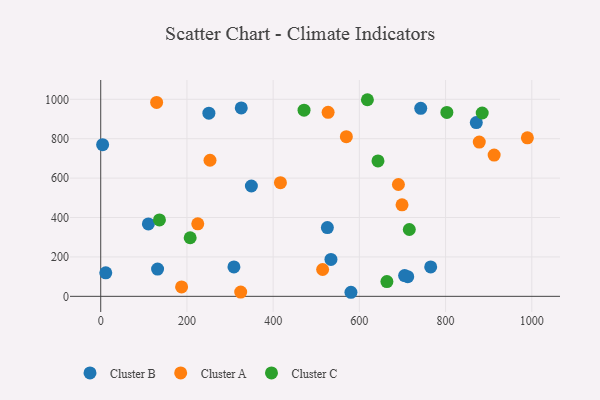
{"axis": {"x": "Price", "y": "Salary"}, "legend": ["Cluster A", "Cluster B", "Cluster C"], "data": [{"x": "580.5", "y": 20.6, "type": "Cluster B"}, {"x": "250.9", "y": 929.8, "type": "Cluster B"}, {"x": "326.0", "y": 956.4, "type": "Cluster B"}, {"x": "534.1", "y": 187.2, "type": "Cluster B"}, {"x": "742.4", "y": 954.0, "type": "Cluster B"}, {"x": "712.2", "y": 99.8, "type": "Cluster B"}, {"x": "4.4", "y": 770.0, "type": "Cluster B"}, {"x": "110.5", "y": 367.7, "type": "Cluster B"}, {"x": "11.7", "y": 119.4, "type": "Cluster B"}, {"x": "525.8", "y": 349.0, "type": "Cluster B"}, {"x": "871.3", "y": 881.9, "type": "Cluster B"}, {"x": "349.5", "y": 560.1, "type": "Cluster B"}, {"x": "131.9", "y": 138.1, "type": "Cluster B"}, {"x": "705.0", "y": 105.2, "type": "Cluster B"}, {"x": "765.5", "y": 149.1, "type": "Cluster B"}, {"x": "309.0", "y": 149.4, "type": "Cluster B"}, {"x": "416.9", "y": 576.8, "type": "Cluster A"}, {"x": "253.5", "y": 690.8, "type": "Cluster A"}, {"x": "225.1", "y": 367.8, "type": "Cluster A"}, {"x": "187.6", "y": 47.6, "type": "Cluster A"}, {"x": "514.8", "y": 136.3, "type": "Cluster A"}, {"x": "527.5", "y": 934.0, "type": "Cluster A"}, {"x": "324.7", "y": 21.6, "type": "Cluster A"}, {"x": "878.2", "y": 782.9, "type": "Cluster A"}, {"x": "129.7", "y": 984.4, "type": "Cluster A"}, {"x": "989.8", "y": 804.7, "type": "Cluster A"}, {"x": "912.7", "y": 717.0, "type": "Cluster A"}, {"x": "690.6", "y": 567.7, "type": "Cluster A"}, {"x": "569.8", "y": 810.3, "type": "Cluster A"}, {"x": "699.0", "y": 464.3, "type": "Cluster A"}, {"x": "885.0", "y": 930.6, "type": "Cluster C"}, {"x": "618.7", "y": 997.9, "type": "Cluster C"}, {"x": "471.7", "y": 945.1, "type": "Cluster C"}, {"x": "715.9", "y": 339.1, "type": "Cluster C"}, {"x": "207.5", "y": 297.3, "type": "Cluster C"}, {"x": "643.2", "y": 687.3, "type": "Cluster C"}, {"x": "136.2", "y": 387.6, "type": "Cluster C"}, {"x": "803.0", "y": 933.4, "type": "Cluster C"}, {"x": "663.9", "y": 75.0, "type": "Cluster C"}]}